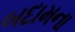
બદામના